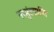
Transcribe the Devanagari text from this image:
नरमुंडप्राप्ति